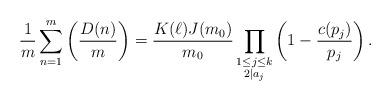
LaTeX: \begin{align*}\frac{1}{m}\sum_{n=1}^m \left( \frac{D(n)}{m} \right)= \frac{K(\ell)J(m_0)}{m_0}\prod_{\substack{1\leq j \leq k \\ 2 \mid a_j}} \left( 1- \frac{c(p_j)}{p_j} \right).\end{align*}